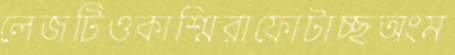
লেজটিওকাশ্মিরাফোটাচ্ছঅংম